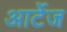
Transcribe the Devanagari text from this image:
आर्टेज